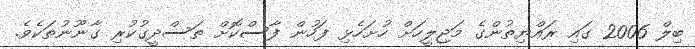
ބިލް 2006 ގައި ރައްޔިތުންގެ މަޖިލީހަށް ހުށަހެޅި ފަހުން ފާސްކޮށް ތަސްދީގުކުރި ގާނޫނުތަކެވެ.